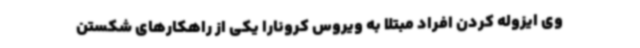
وی ایزوله کردن افراد مبتلا به ویروس کرونارا یکی از راهکارهای شکستن